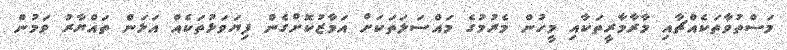
މަސްތުވާތަކެއްޗާއި މާރާމާރީތަކާއި މީހުން މެރުމުގެ މައްސަލަތަކަށް އަމާޒުކޮށްގެން ފިޔަވަޅުތަކެއް އަޅަން ތައްޔާރު ވަމުން